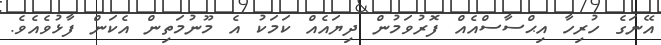
އޭނަގެ ހުރިހާ އިޙްސާސްއެއް ފޮރުވަމުން ދިޔައެއް ކަމަކު އެ މޫނުމަތިން އެކަން ފާޅުވެއެވެ.